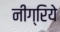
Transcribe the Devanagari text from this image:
नीग्रिये